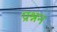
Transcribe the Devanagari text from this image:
प्रश्नन